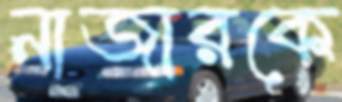
নাজারকে